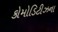
કોમોડિટીઝના